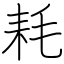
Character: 耗